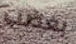
بغضب